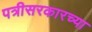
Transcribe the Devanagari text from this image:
पत्रीसरकारच्या